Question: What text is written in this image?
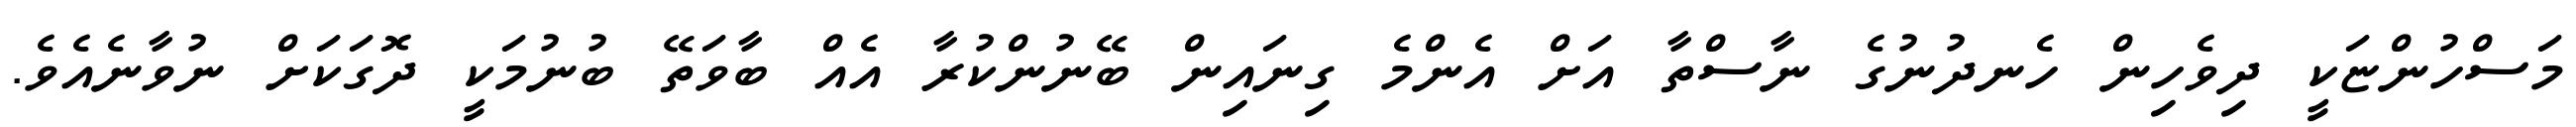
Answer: މަސްހުންޏަކީ ދިވެހިން ހެނދުނުގެ ނާސްތާ އަށް އެންމެ ގިނައިން ބޭނުންކުރާ އެއް ބާވަތޭ ބުނުމަކީ ދޮގަކަށް ނުވާނެއެވެ.